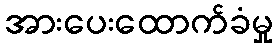
အားပေးထောက်ခံမှု